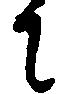
に